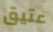
عتيق